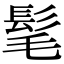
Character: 髦